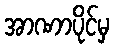
အာဏာပိုင်မှ